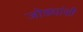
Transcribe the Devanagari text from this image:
जोड्यांशी